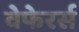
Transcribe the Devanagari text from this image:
वेफेरर्स